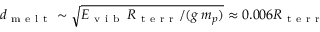
d _ { \mathrm { ~ m ~ e ~ l ~ t ~ } } \sim \sqrt { E _ { \mathrm { ~ v ~ i ~ b ~ } } \, R _ { \mathrm { ~ t ~ e ~ r ~ r ~ } } / ( g \, m _ { p } ) } \approx 0 . 0 0 6 R _ { \mathrm { ~ t ~ e ~ r ~ r ~ } }